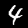
Digit: 4